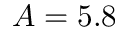
A = 5 . 8